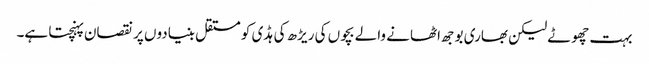
بہت چھوٹے لیکن بھاری بوجھ اٹھانے والے بچوں کی ریڑھ کی ہڈی کو مستقل بنیادوں پر نقصان پہنچتا ہے۔